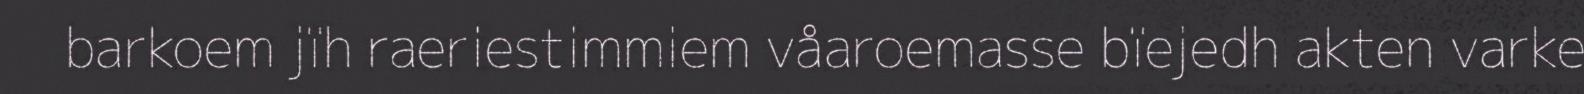
barkoem jïh raeriestimmiem våaroemasse bïejedh akten varke